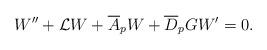
LaTeX: \begin{align*}W'' + \mathcal L W + \overline A_pW + \overline D_{p}GW' = 0.\end{align*}